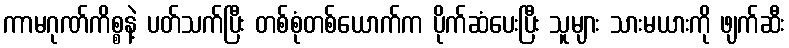
ကာမဂုဏ်ကိစ္စနဲ့ ပတ်သက်ပြီး တစ်စုံတစ်ယောက်က ပိုက်ဆံပေးပြီး သူများ သားမယားကို ဖျက်ဆီး